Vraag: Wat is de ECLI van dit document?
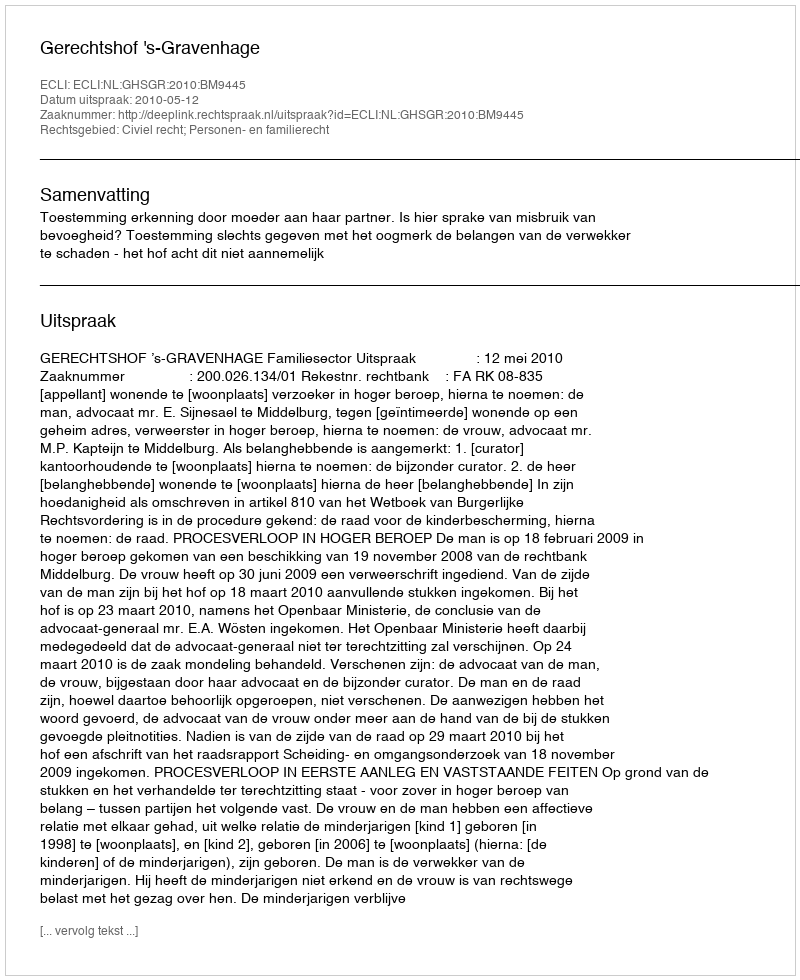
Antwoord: ECLI:NL:GHSGR:2010:BM9445